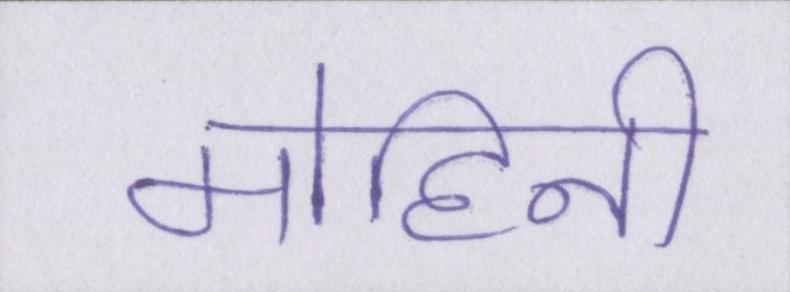
मोहिनी